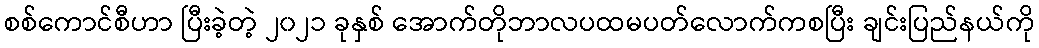
စစ်ကောင်စီဟာ ပြီးခဲ့တဲ့ ၂၀၂၁ ခုနှစ် အောက်တိုဘာလပထမပတ်လောက်ကစပြီး ချင်းပြည်နယ်ကို